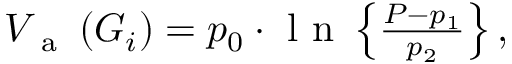
\begin{array} { r } { V _ { \mathrm { ~ a ~ } } \left( G _ { i } \right) = p _ { 0 } \cdot \mathrm { ~ l ~ n ~ } \left\{ \frac { P - p _ { 1 } } { p _ { 2 } } \right\} , } \end{array}